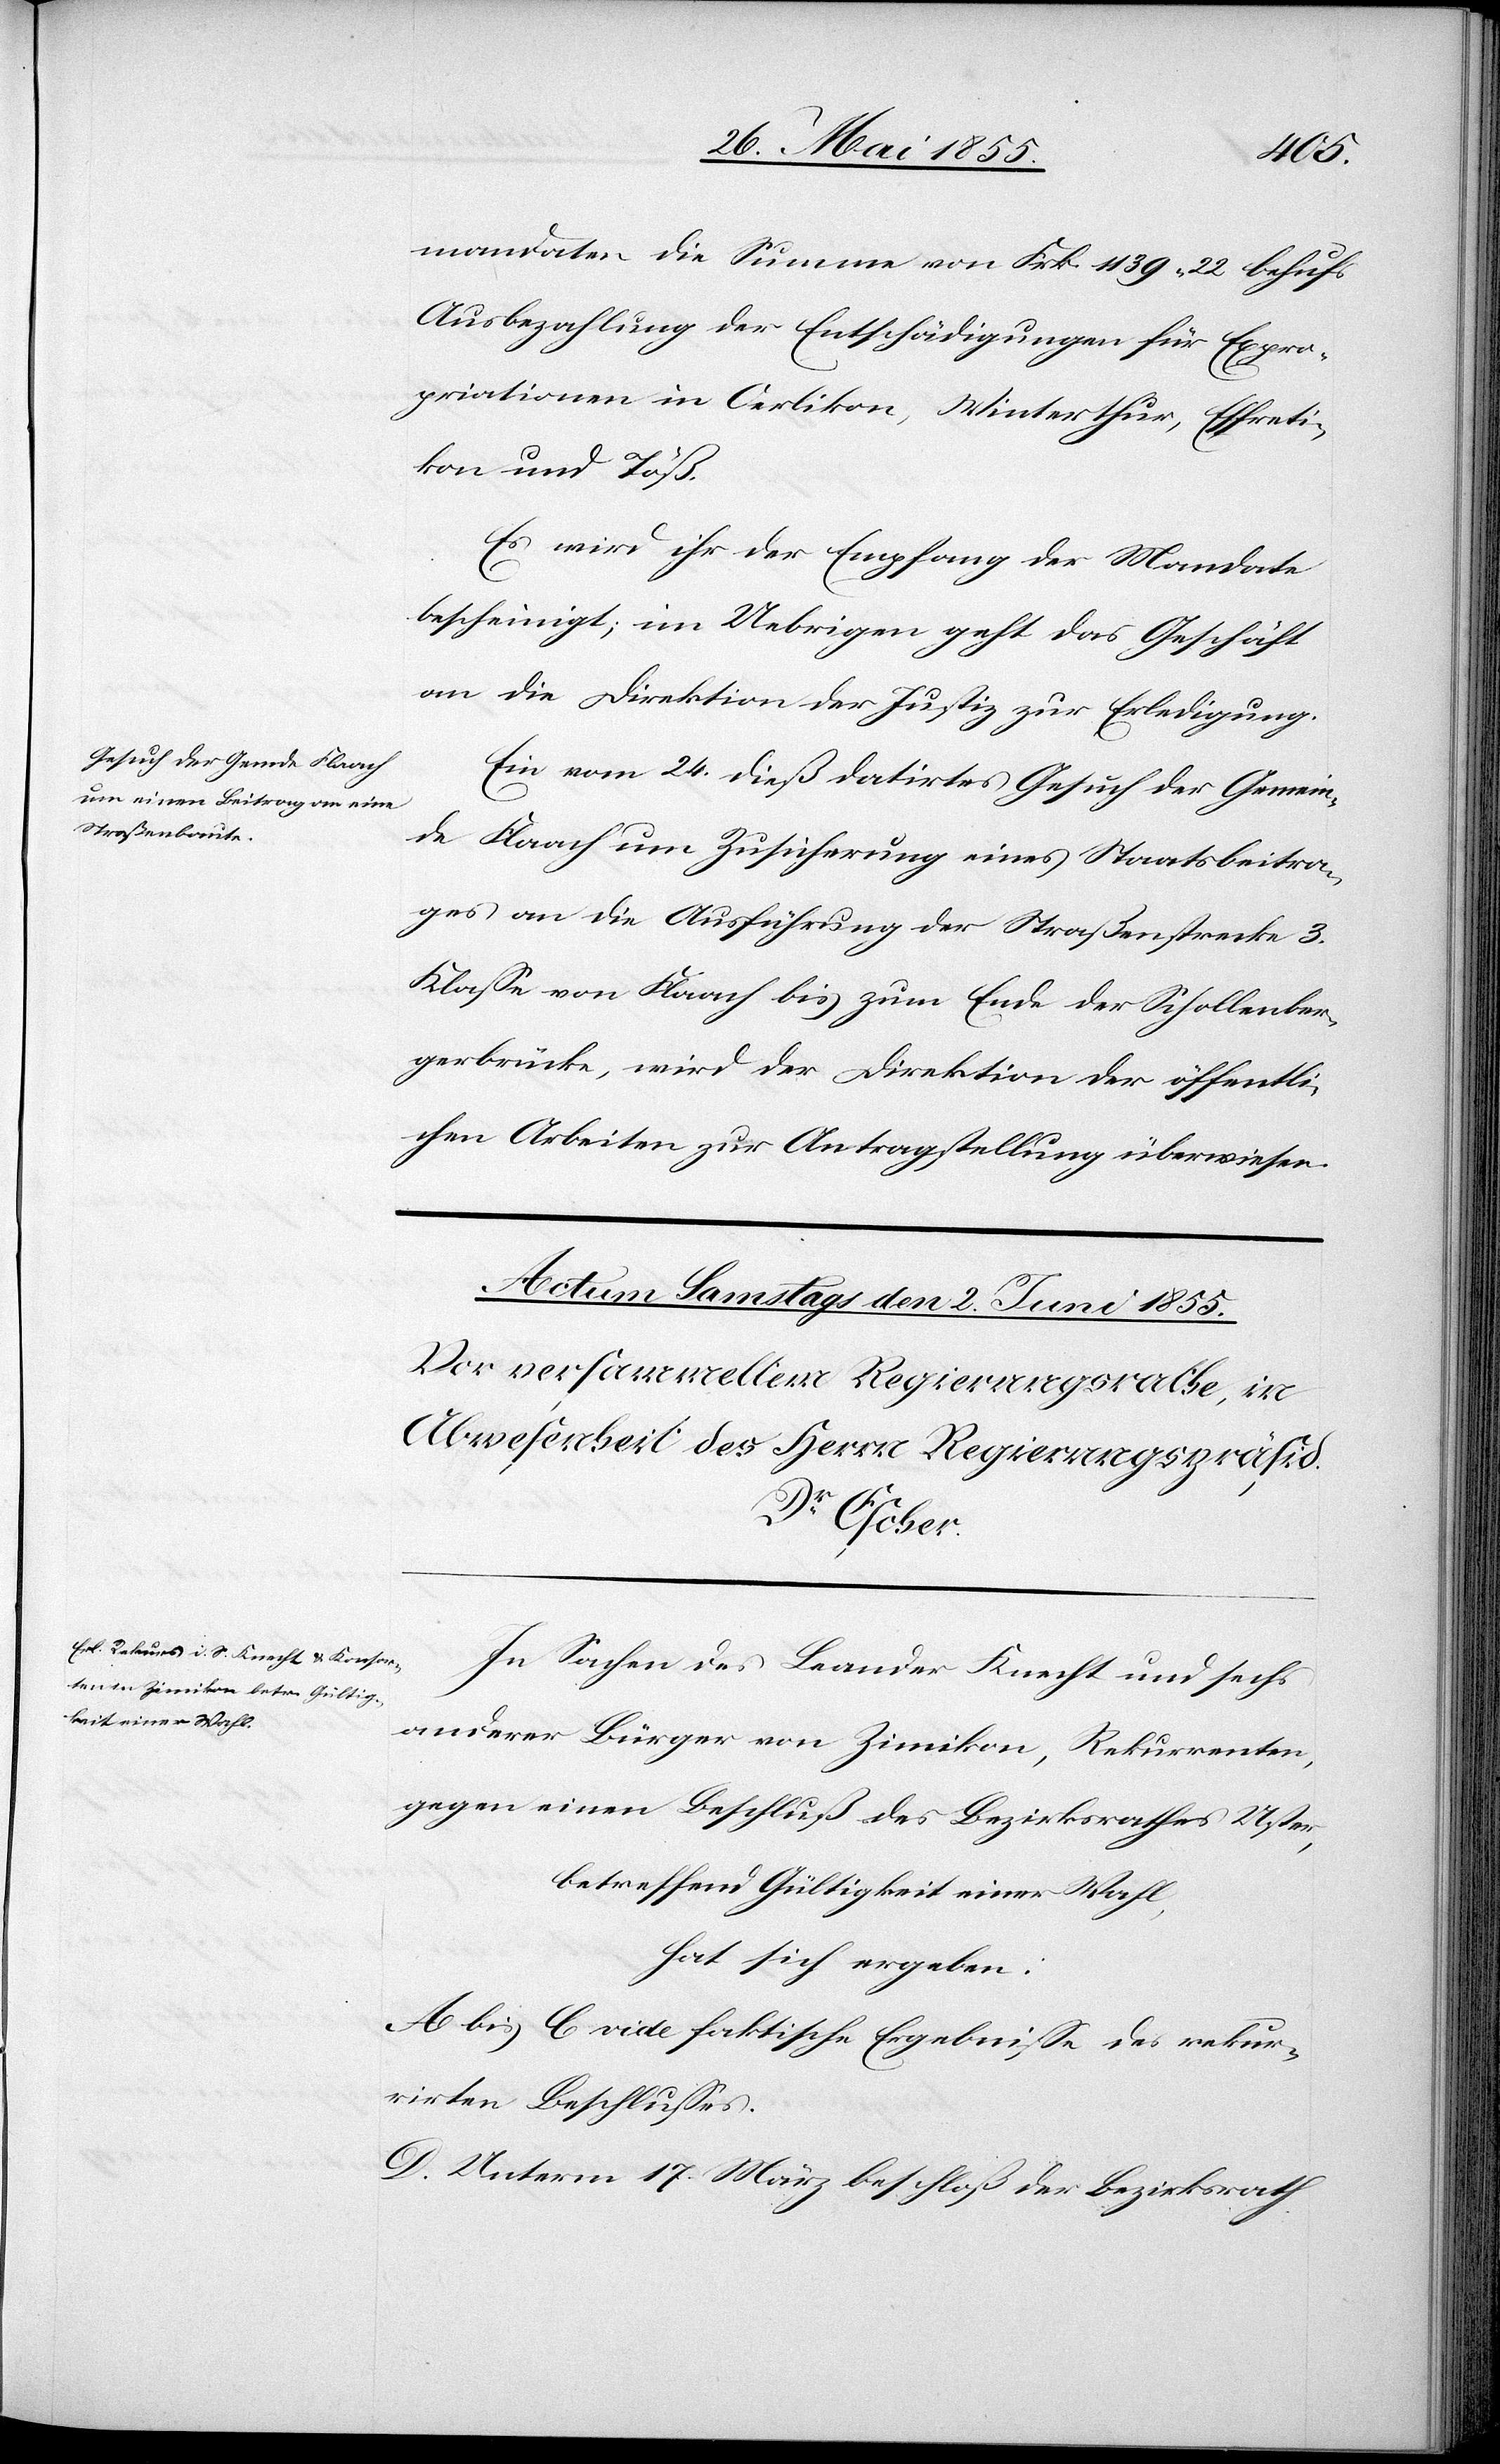
31. Mai 1855.]
mandaten die Summe von Frk. 1139. 22 behufs
Ausbezahlung der Entschädigungen für Expro¬
priationen in Oerlikon, Winterthur, Effreti¬
kon und Töß.
Es wird ihr der Empfang der Mandate
bescheinigt; im Uebrigen geht das Geschäft
an die Direktion der Justiz zur Erledigung.
Ein vom 24. dieß datirtes Gesuch der Gemein¬
de Flaach um Zusicherung eines Staatsbeitra¬
ges an die Ausführung der Straßenstrecke 3.
Klasse von Flaach bis zum Ende der Schollenber¬
gerbrücke, wird der Direktion der öffentli¬
chen Arbeiten zur Antragstellung überwiesen.
In Sachen des Leander Knecht und sechs
anderer Bürger von Zimikon, Rekurrenten,
gegen einen Beschluß des Bezirksrathes Uster,
betreffend Gültigkeit einer Wahl,
hat sich ergeben:
A bis C vide faktische Ergebnisse des rekur¬
rirten Beschlusses.
D. Unterm 17. März beschloß der Bezirksrath